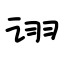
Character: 诩